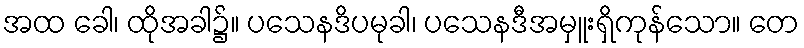
အထ ခေါ၊ ထိုအခါ၌။ ပသေနဒိပမုခါ၊ ပသေနဒီအမှူးရှိကုန်သော။ တေ